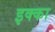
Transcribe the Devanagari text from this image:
इक्‍का